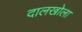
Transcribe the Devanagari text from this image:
दालखोला